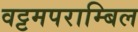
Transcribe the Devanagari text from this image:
वट्टमपराम्बिल